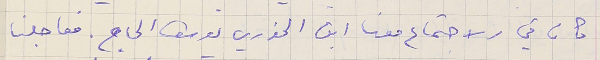
كان في الاجتماع معنا ابن الخوري يوسف الحاج. فعاجلنا